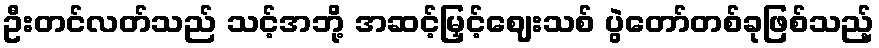
ဦးတင်လတ်သည် သင့်အဘို့ အဆင့်မြှင့်ဈေးသစ် ပွဲတော်တစ်ခုဖြစ်သည့်